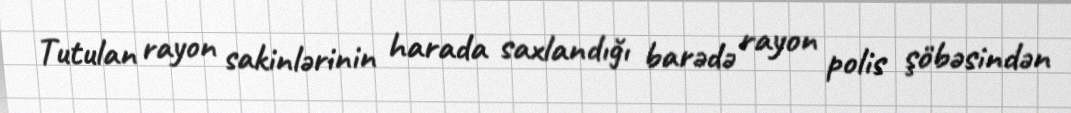
Tutulan rayon sakinlərinin harada saxlandığı barədə rayon polis şöbəsindən